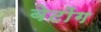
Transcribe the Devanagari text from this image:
बेटोंग